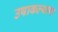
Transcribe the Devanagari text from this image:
उषाकल्याण